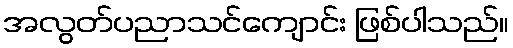
အလွတ်ပညာသင်ကျောင်း ဖြစ်ပါသည်။